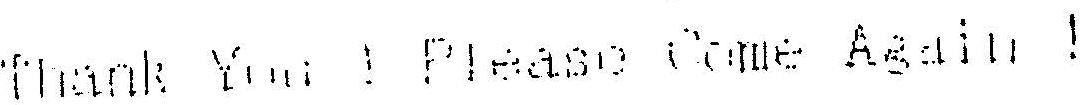
THANK YOU ! PLEASE COME AGAIN !